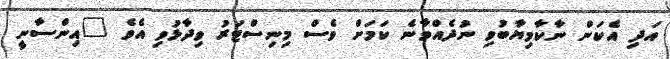
އަދި އެކަން ނާކާމިޔާބުވި ނުދެއްވާނެ ކަމަށް ވެސް މިނިސްޓަރު ވިދާޅުވި އެވެ "އިންސާނީ